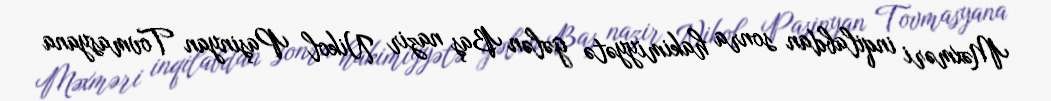
Məxməri inqilabdan sonra hakimiyyətə gələn Baş nazir Nikol Paşinyan Tovmasyana